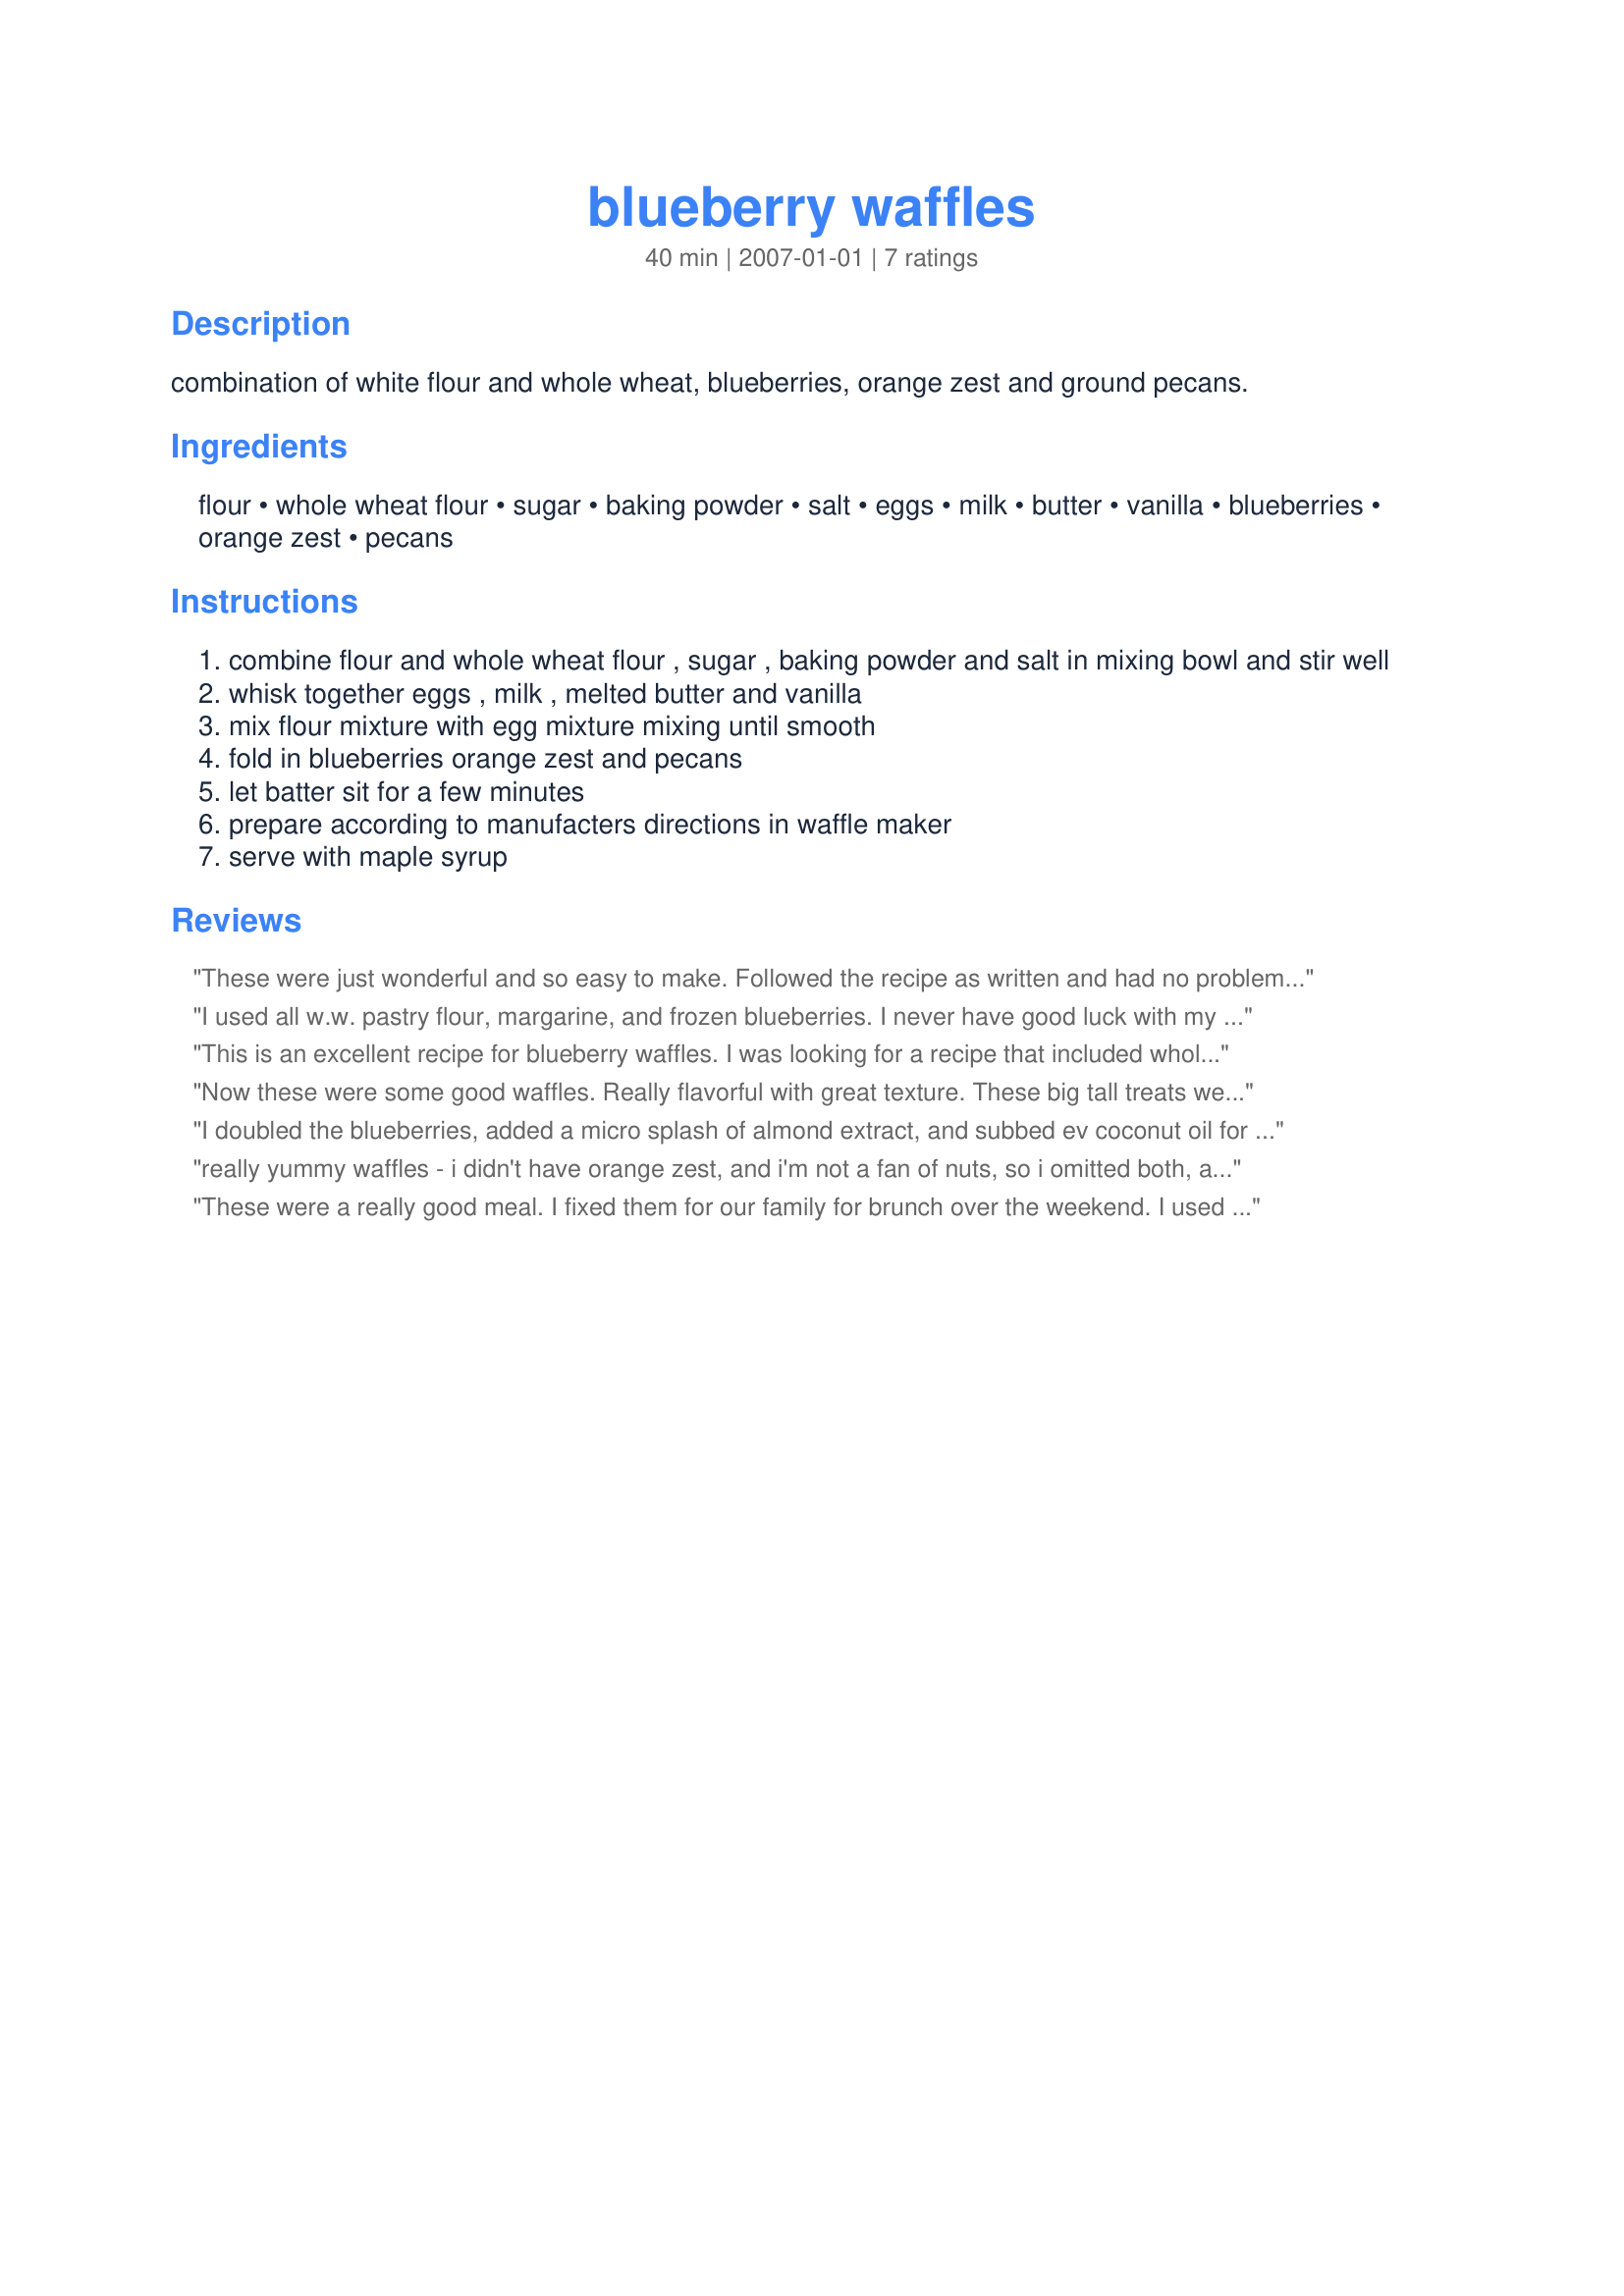
blueberry waffles
Preparation time: 40 minutes

combination of white flour and whole wheat, blueberries, orange zest and ground pecans.

Ingredients:
flour, whole wheat flour, sugar, baking powder, salt, eggs, milk, butter, vanilla, blueberries, orange zest, pecans

Steps:
combine flour and whole wheat flour , sugar , baking powder and salt in mixing bowl and stir well
whisk together eggs , milk , melted butter and vanilla
mix flour mixture with egg mixture mixing until smooth
fold in blueberries orange zest and pecans
let batter sit for a few minutes
prepare according to manufacters directions in waffle maker
serve with maple syrup

Reviews:
These were just wonderful and so easy to make. Followed the recipe as written and had no problems with it at all. To stop the waffles from sticking, I give the waffle iron a little spritz of cooking spray between waffles.
I used all w.w. pastry flour, margarine, and frozen blueberries. I never have good luck with my waffle maker! The first few came out great, but then they started falling apart when I took them out. I think I'll make them as pancakes. I put butter and cinnamon/sugar on them and I couldn't taste the blueberries. Might have been the all w.w. and frozen berries. Next time will try with fresh (if I can afford organic). Will try the orange zest next time (didn't have organic orange.)
This is an excellent recipe for blueberry waffles. I was looking for a recipe that included whole wheat and you've hit the mark with this gem. The waffles had a great texture to them and packed full of flavor. I think the next time I may exclude the nuts and add some cinnamon and/or nutmeg for a little twist. I doubled the recipe so I could have some frozen for future breakfasts. Thanks for sharing!
Now these were some good waffles. Really flavorful with great texture. These big tall treats were crisp on the outside and tender inside, just bursting with flavor. I love the addition of the orange zest to the pancakes. I made these exactly as written and didn't have any problems. Thanks so much Calee for sharing this tasty treat. Made for my Pac baby. :)
I doubled the blueberries, added a micro splash of almond extract, and subbed ev coconut oil for the butter. They&#039;re fabulous!! I remembered the egg white trick. My brother taught me that a long time ago. It makes them special somehow, more crisp.
really yummy waffles - i didn't have orange zest, and i'm not a fan of nuts, so i omitted both, and they still turned out wonderful. A definite keeper. thanks
These were a really good meal. I fixed them for our family for brunch over the weekend. I used frozen blueberries and omitted the pecans and orange zest because we didn't have any but I'm sure these are wonderful with them. This was our first experience at using wheat flour in our waffles and we all agreed they were wonderful with it. I had no trouble with them sticking to my waffle iron or falling apart. Thanks for sharing.
